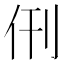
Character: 𬽰